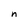
Character: n